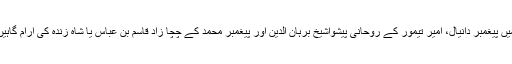
سمر قند میں پیغمبر دانیال، امیر تیمور کے روحانی پیشواشیخ برہان الدین اور پیغمبر محمد کے چچا زاد قاسم بن عباس یا شاہ زندہ کی آرام گاہیں بھی ہیں۔